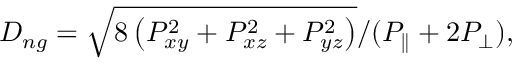
D _ { n g } = \sqrt { 8 \left( P _ { x y } ^ { 2 } + P _ { x z } ^ { 2 } + P _ { y z } ^ { 2 } \right) } / ( P _ { \parallel } + 2 P _ { \perp } ) ,